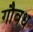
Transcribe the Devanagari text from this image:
गौवध